King Institute of Preventive Medicine Micro-Biological Section reports 1909-11
Year: 1909
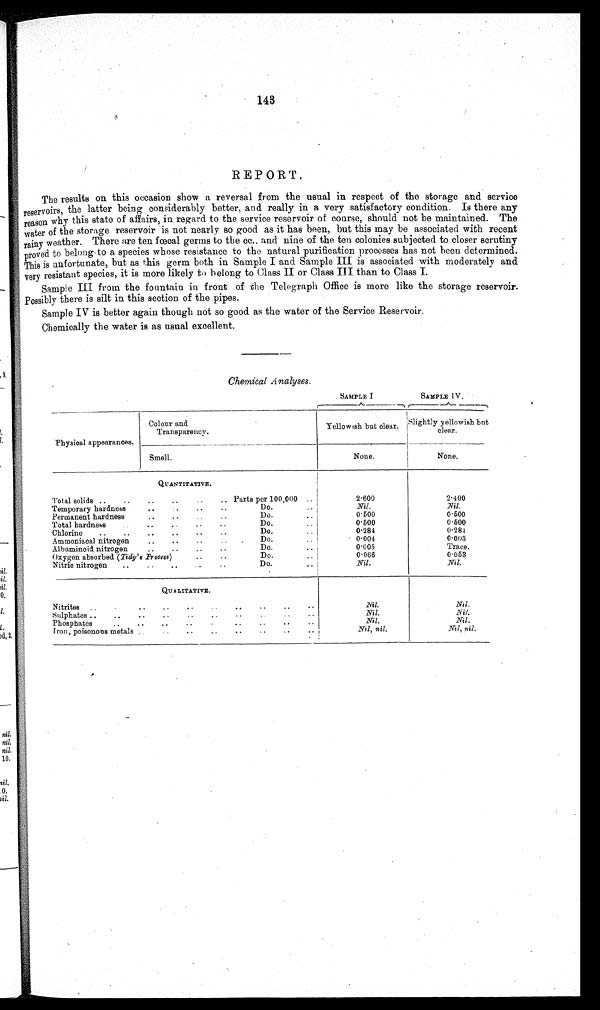
143
REPORT.
The results on this occasion show a reversal from the usual in respect of the storage and service
reservoir s , the latter being considerably better, and really in a very satisfactory condition. Is there any
reason why this state of affairs, in regard to the service reservoir of course, should not be maintained. The
water of the storage reservoir is not nearly so good as it has been, but this may be associated with recent
rainy weather. There are ten fœcal germs to the cc.. and nine of the ten colonies subjected to closer scrutiny
proved to belong-to a species whose resistance to the natural purification processes has not been determined.
This is unfortunate, but as this germ both in. Sample I and Sample III is associated with moderately and
very resistant species, it is more likely to belong to Class II or Class III than to Class I.
Sample III from the fountain in front of the Telegraph Office is more like the storage reservoir.
Possibly there is silt in this section of the pipes.
Sample IV is better again though not so good as the water of the Service Reservoir.
Chemically the water is as usual excellent.
Chemical Analyses.
SAMPLE I
_A.
r—
--)
SAMPLE IV .
r--
--^--
—
----
Physical appearances.
Colour and
Transparency.
Yellowish but clear.
I
S.lightly yellowish b but
clear.
Smell.
None.
None.
QUANTITATIVE.
Total solids ..
..
..
..
..
.. Parts per 100,000
2.600
2.400
Temporary hardness
• •
..
..
Do.
Nil.
Nil.
Permanent hardness
Do.
0.500
0 . 5 0 0
Total hardness
..
• •
• •
Do.
0.500
0 . 5 0 0
Chlorine
..
..
..
..
..
• •
Do.
..
0.284
0.284
Ammoniacal nitrogen
..
..
..
Do.
..
0 . 004
0.003
Albuminoid nitrogen
..
..
..
..
Do.
.. j
0.005
Trace.
Oxygen absorbed (Tidy's Process)
• •
• •
Do.
0.066
0 . 0 5 3
Nitric nitrogen
..
..
..
Do.
.. j
Nil.
Nil.
QU ALITATIVE.
_...
Nitrites
..
..
..
• •
..
••
.•
—
Nil.
Nil.
Sulphates ..
..
..
• •
..
• •
Nil.
Nil.
Phosphates• •
• .
• •
. •
•
..
..
..
..
Nil.
Nil.
Iron, poisonous metals
..
..
..
Nil, nil.
Nil, nil.